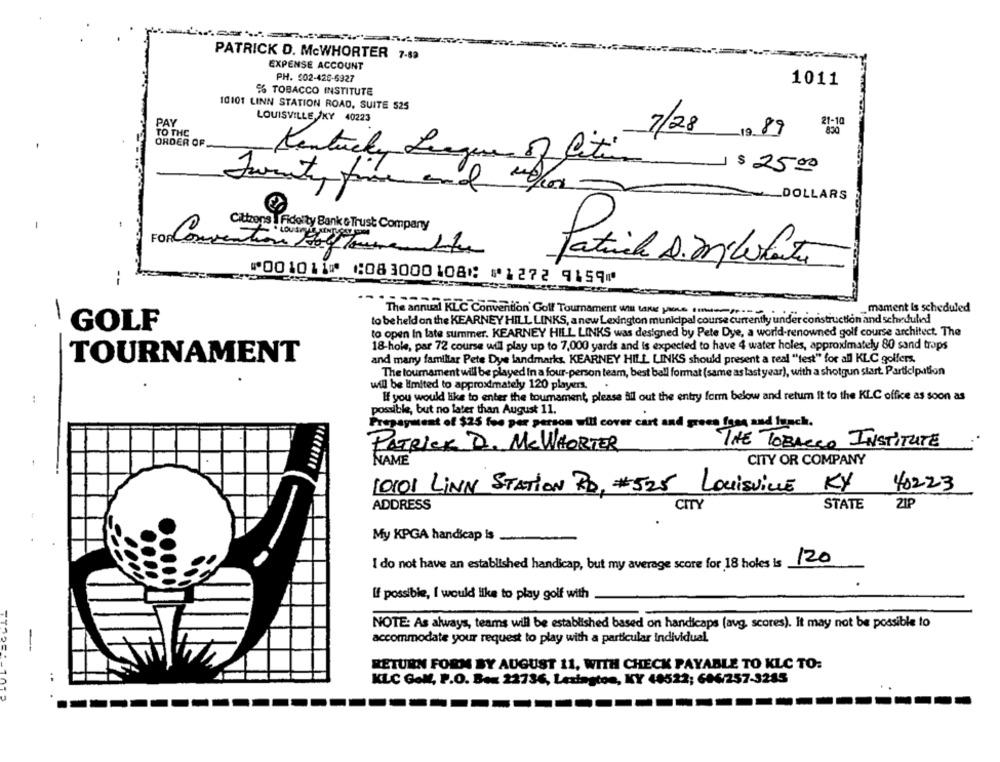
PATRICK D. MCWHORTER 7-83
EXPENSE ACCOUNT
PH. 502-428-6927
1011
% TOBACCO INSTITUTE
10101 LINN STATION ROAD, SUITE $25
PAY
LOUISVILLE /KY 40223
21-10
TO THE
-1989
ORDER OF
Kentucky League of lix. 7/28
-
- $25.00
_DOLLARS
Citizens Fidelity Bank & Trust Company
For Convention Half Tomenembote
--
⑈001011⑈ ⑆083000108⑆ ⑈1272 9159⑈
The annual KLC Convention' Golf Tournament win taxes piece .....
.mament is scheduled
to be held on the KEARNEY HILL LINKS, a new Lexington municipal course currently under construction and scheduled
`GOLF
to open In late summer. KEARNEY HILL LINKS was designed by Pete Dye, a world-renowned golf course architect. The
18-hole, par 72 course will play up to 7,000 yards and is expected to have 4 water holes, approximately 80 sand trops
TOURNAMENT
and many familiar Pete Dye landmarks. KEARNEY HILL LINKS should present a real "test" for all KLC golfers.
The tournament will be played In a four-person team, best ball format (same as last year), with a shotgun start. Participation
will be limited to approximately 120 players.
If you would like to enter the tournament, please ail out the entry form below and return it to the KLC offie as soon as
possible, but no later than August 11.
Properutent of $25 for per person will cover cart and green food and lunch.
PATRICK D. MCWHORTER
THE TOBACCO INSTITUTE
NAME
CITY OR COMPANY
40223
10101 LINN STATION RD, #525 LOUISVILLE KY
ADDRESS
CITY
STATE
21P
My KPGA handicap is
I do not have an established handicap, but my average score for 18 holes is
120
If possible, I would like to play golf with
NOTE: As always, teams will be established based on handicaps (avg, scores). It may not be possible to
accommodate your request to play with a particular Individual.
RETURN FORM BY AUGUST 11, WITH CHECK PAYABLE TO KLC TO:
KLC Golf, P.O. Box 22736, Lexington, KY 48522; 606/257-3285